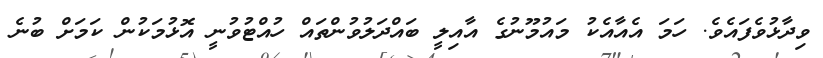
ވިދާޅުވެފައެވެ. ހަމަ އެއާއެކު މައުމޫނުގެ އާއިލީ ބައްދަލުވުންތައް ހުއްޓުވުނީ އޮޅުމަކުން ކަމަށް ބުނެ